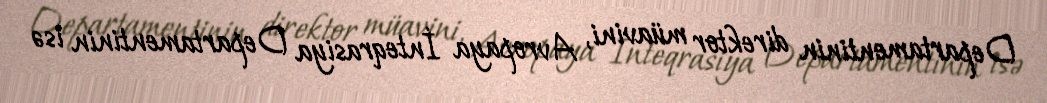
Departamentinin direktor müavini, Avropaya İnteqrasiya Departamentinin isə